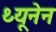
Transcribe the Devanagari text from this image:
थ्यूनेन